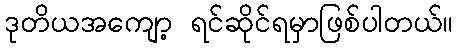
ဒုတိယအကျော့ ရင်ဆိုင်ရမှာဖြစ်ပါတယ်။